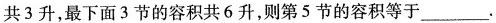
共3升，最下面3节的容积共6升，则第5节的容积等于___.